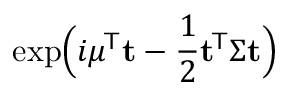
\exp \! { \Big ( } i { \boldsymbol { \mu } } ^ { \! { \mathsf { T } } } \mathbf { t } - { \frac { 1 } { 2 } } \mathbf { t } ^ { \! { \mathsf { T } } } { \boldsymbol { \Sigma } } \mathbf { t } { \Big ) }